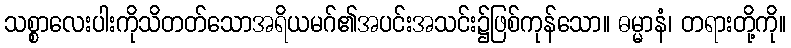
သစ္စာလေးပါးကိုသိတတ်သောအရိယမဂ်၏အပင်းအသင်း၌ဖြစ်ကုန်သော။ ဓမ္မာနံ၊ တရားတို့ကို။